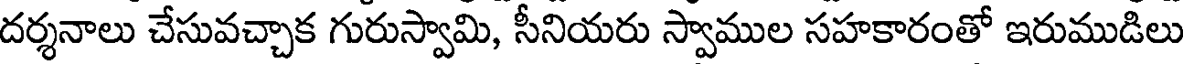
దర్శనాలు చేసువచ్చాక గురుస్వామి, సీనియరు స్వాముల సహకారంతో ఇరుముడిలు